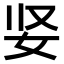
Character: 𫰐